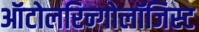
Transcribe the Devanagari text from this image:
ऑटोलरिन्गोलॉजिस्ट